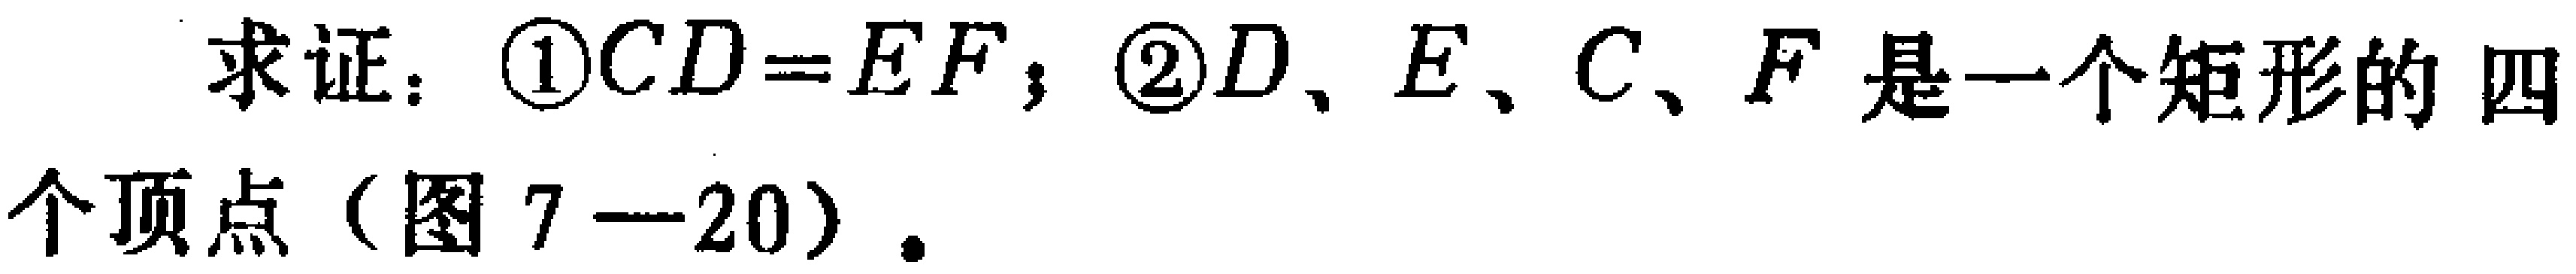
求证：\textcircled{1}\(CD = EF\)；\textcircled{2}\(D、E、C、F\)是一个矩形的四个顶点（图 \(7 - 20\)）.